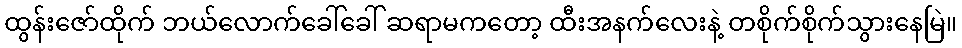
ထွန်းဇော်ထိုက် ဘယ်လောက်ခေါ်ခေါ် ဆရာမကတော့ ထီးအနက်လေးနဲ့ တစိုက်စိုက်သွားနေမြဲ။